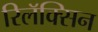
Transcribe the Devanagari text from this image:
रिलॅक्सिन